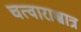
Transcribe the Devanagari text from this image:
चत्वाराश्चात्र